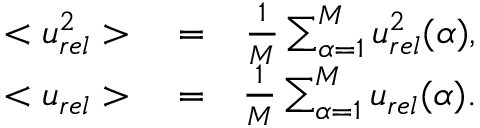
\begin{array} { r l r } { < u _ { r e l } ^ { 2 } > } & { { } = } & { \frac { 1 } { M } \sum _ { \alpha = 1 } ^ { M } u _ { r e l } ^ { 2 } ( \alpha ) , } \\ { < u _ { r e l } > } & { { } = } & { \frac { 1 } { M } \sum _ { \alpha = 1 } ^ { M } u _ { r e l } ( \alpha ) . } \end{array}